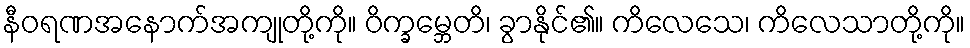
နီဝရဏအနောက်အကျုတို့ကို။ ဝိက္ခမ္ဘေတိ၊ ခွာနိုင်၏။ ကိလေသေ၊ ကိလေသာတို့ကို။